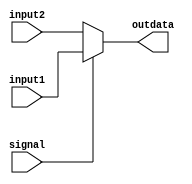
`timescale 1ns / 1ps
//////////////////////////////////////////////////////////////////////////////////
// Company: 
// Engineer: 
// 
// Design Name: 
// Module Name: Mux_32
// Project Name: 
// Target Devices: 
// Tool Versions: 
// Description: 
// 
// Dependencies: 
// 
// Revision:
// Revision 0.01 - File Created
// Additional Comments:
// 
//////////////////////////////////////////////////////////////////////////////////


module Mux_32(
    input[31:0] input1,
    input[31:0] input2,
    input signal,
    output reg[31:0] outdata
    );
    initial begin
        outdata = 0;
    end
    always @(signal or input1 or input2) begin
    if(signal)
        outdata = input1;
    else
        outdata = input2;
    end
    
endmodule